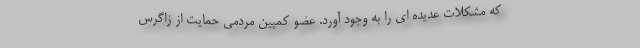
که مشکلات عدیده ای را به وجود آورد. عضو کمپین مردمی حمایت از زاگرس